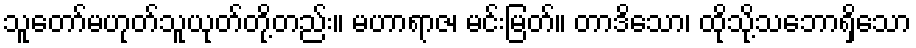
သူတော်မဟုတ်သူယုတ်တို့တည်း။ မဟာရာဇ၊ မင်းမြတ်။ တာဒိသော၊ ထိုသို့သဘောရှိသော